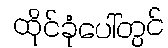
ထိုင်ခုံပေါ်တွင်